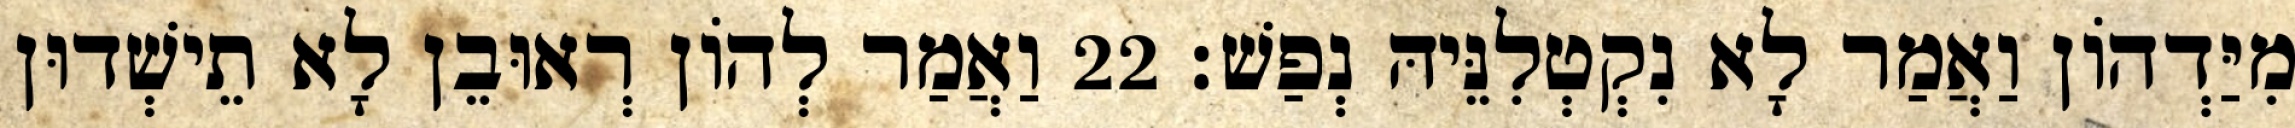
מִיַּדְהוֹן וַאֲמַר לָא נִקְטְלִנֵּיהּ נְפַשׁ׃ 22 וַאֲמַר לְהוֹן רְאוּבֵן לָא תֵישְׁדוּן